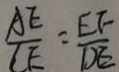
\frac { A E } { C E } = \frac { E F } { D E }